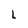
Character: l